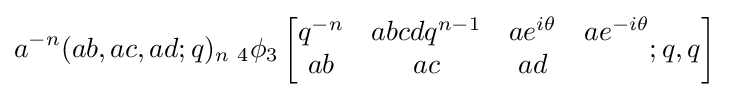
a^{-n}(ab,ac,ad;q)_{n}\;_{4}\phi _{3}\left[{\begin{matrix}q^{-n}&abcdq^{n-1}&ae^{i\theta }&ae^{-i\theta }\\ab&ac&ad\end{matrix}};q,q\right]